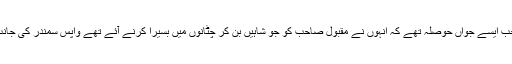
خان صاحب ایسے جواں حوصلہ تھے کہ انہوں نے مقبول صاحب کو جو شاہیں بن کر چٹانوں میں بسیرا کرنے آئے تھے واپس سمندر کی جانب لوٹا دیا۔